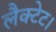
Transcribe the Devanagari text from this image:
लैक्टेट।